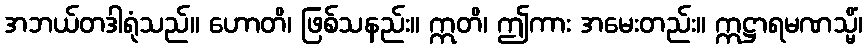
အဘယ်တဒါရုံသည်။ ဟောတိ၊ ဖြစ်သနည်း။ ဣတိ၊ ဤကား အမေးတည်း။ ဣဋ္ဌာရမဏသ္မိံ၊